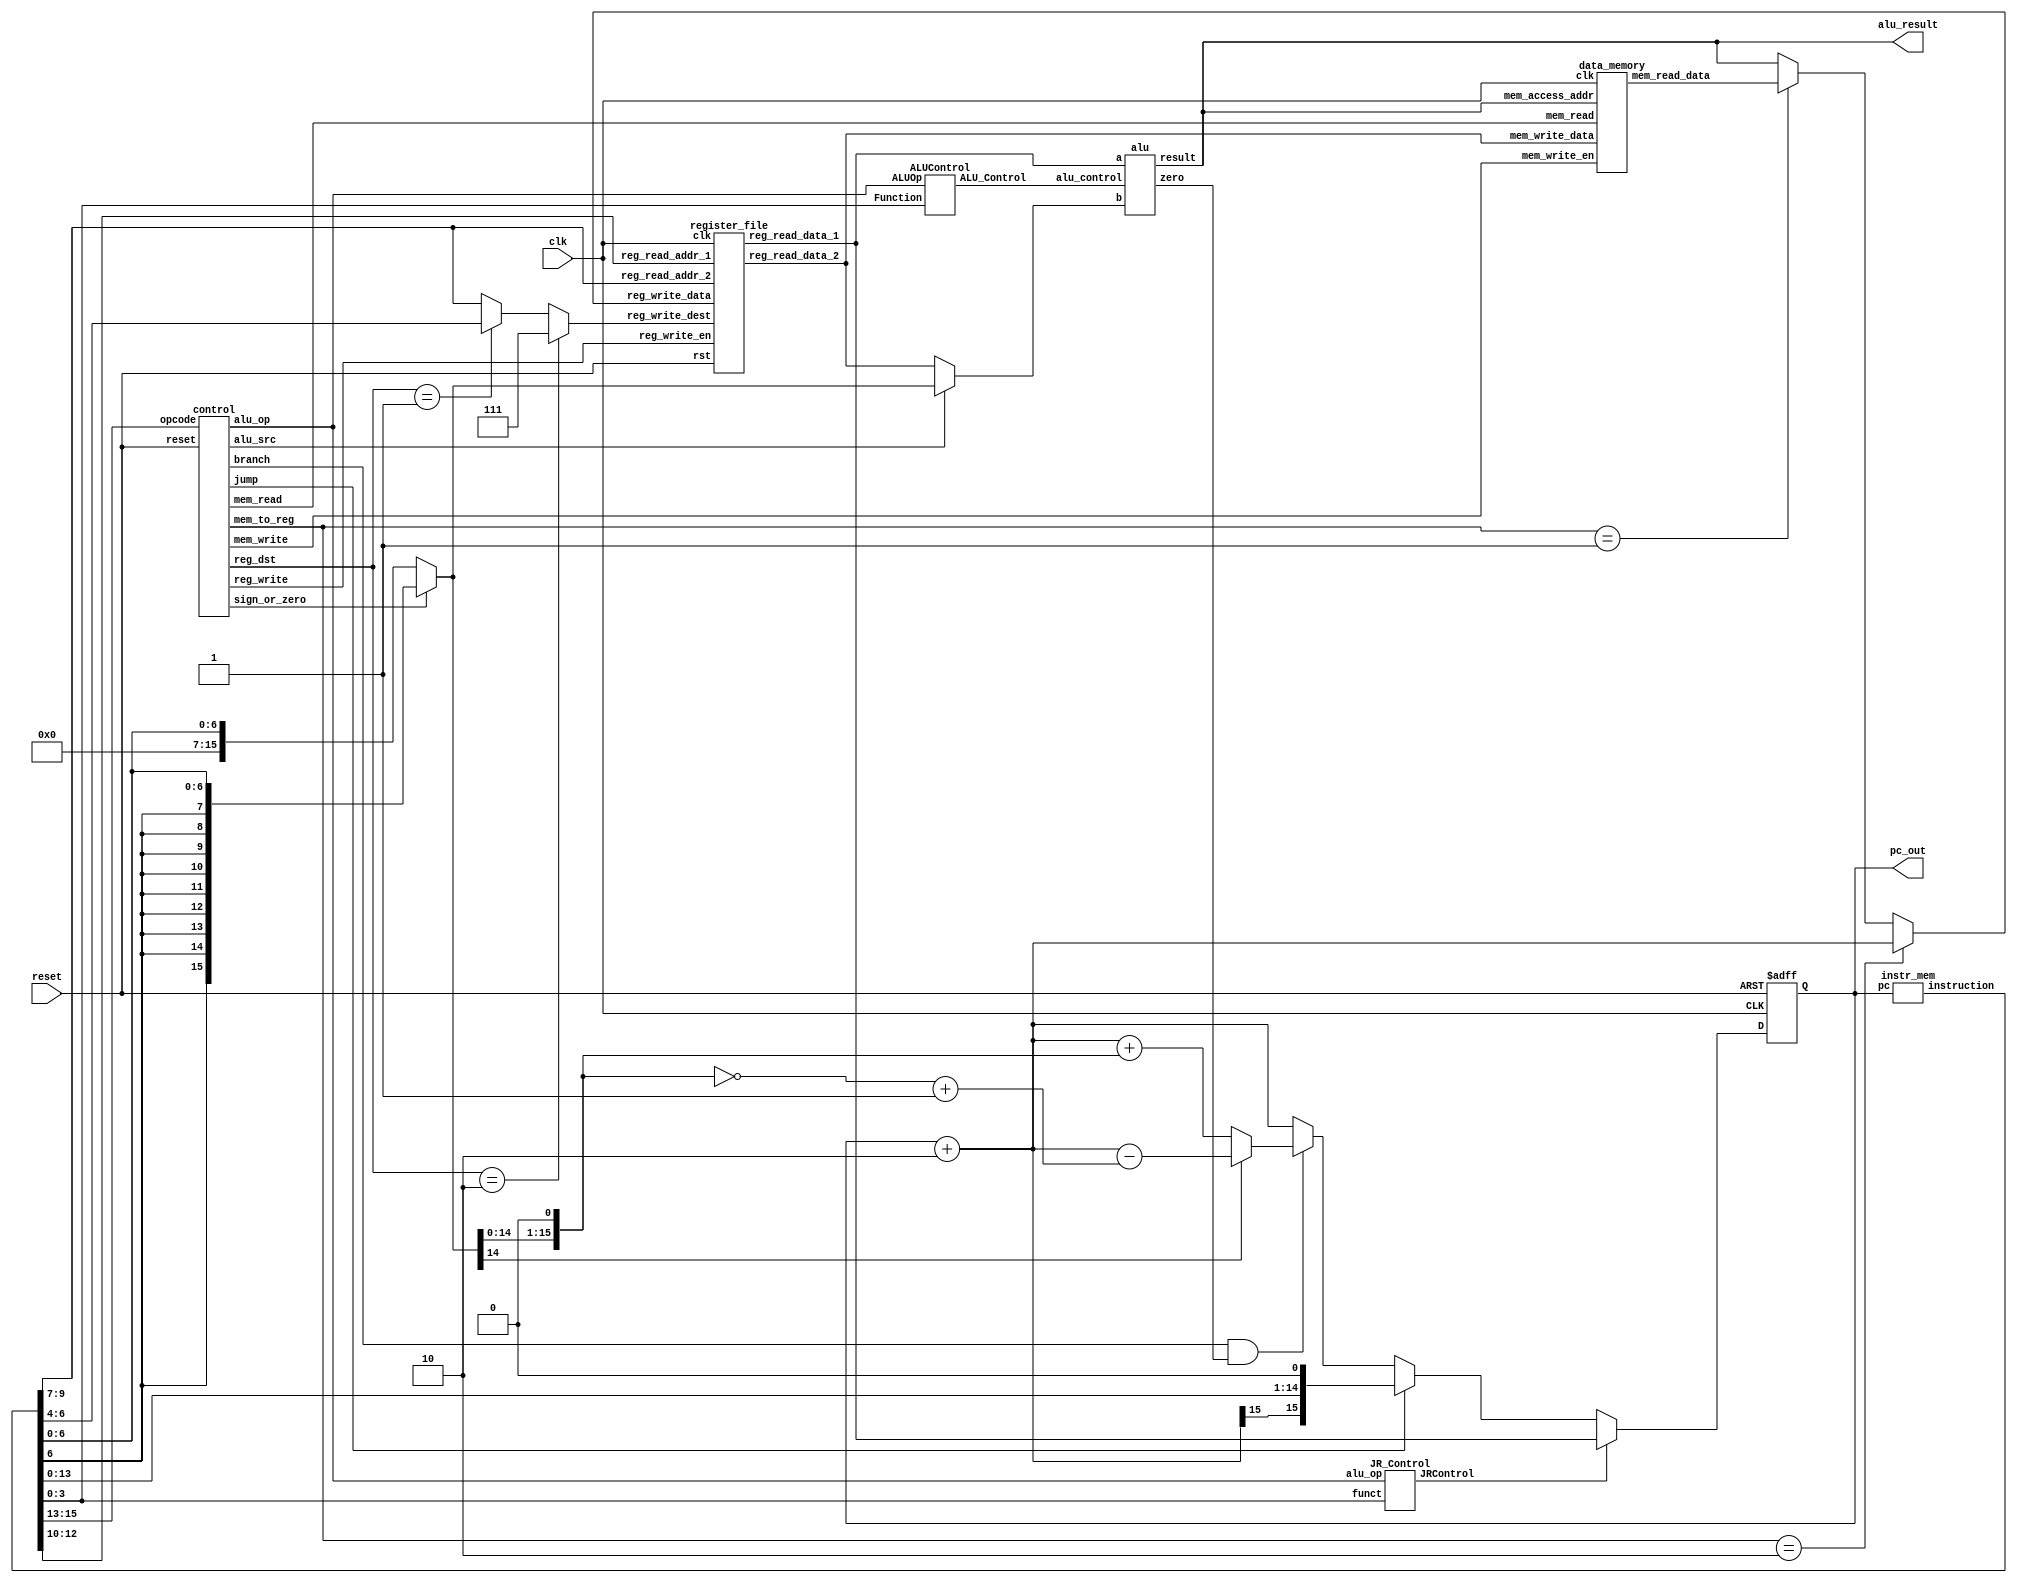
// Verilog code for 16 bit single cycle MIPS CPU  
 module mips_16( input clk,reset,  
                           output[15:0] pc_out, alu_result
                           //,reg3,reg4  
   );  
 reg[15:0] pc_current;  
 wire signed[15:0] pc_next,pc2;  
 wire [15:0] instr;  
 wire[1:0] reg_dst,mem_to_reg,alu_op;  
 wire jump,branch,mem_read,mem_write,alu_src,reg_write     ;  
 wire     [2:0]     reg_write_dest;  
 wire     [15:0] reg_write_data;  
 wire     [2:0]     reg_read_addr_1;  
 wire     [15:0] reg_read_data_1;  
 wire     [2:0]     reg_read_addr_2;  
 wire     [15:0] reg_read_data_2;  
 wire [15:0] sign_ext_im,read_data2,zero_ext_im,imm_ext;  
 wire JRControl;  
 wire [2:0] ALU_Control;  
 wire [15:0] ALU_out;  
 wire zero_flag;  
 wire signed[15:0] im_shift_1, PC_j, PC_beq, PC_4beq,PC_4beqj,PC_jr;  
 wire beq_control;  
 wire [14:0] jump_shift_1;  
 wire [15:0]mem_read_data;  
 wire [15:0] no_sign_ext;  
 wire sign_or_zero;  
 // PC   
 always @(posedge clk or posedge reset)  
 begin   
      if(reset)   
           pc_current <= 16'd0;  
      else  
           pc_current <= pc_next;  
 end  
 // PC + 2   
 assign pc2 = pc_current + 16'd2;  
 // instruction memory  
 instr_mem instrucion_memory(.pc(pc_current),.instruction(instr));  
 // jump shift left 1  
 assign jump_shift_1 = {instr[13:0],1'b0};  
 // control unit  
 control control_unit(.reset(reset),.opcode(instr[15:13]),.reg_dst(reg_dst)  
                ,.mem_to_reg(mem_to_reg),.alu_op(alu_op),.jump(jump),.branch(branch),.mem_read(mem_read),  
                .mem_write(mem_write),.alu_src(alu_src),.reg_write(reg_write),.sign_or_zero(sign_or_zero));  
 // multiplexer regdest  
 assign reg_write_dest = (reg_dst==2'b10) ? 3'b111: ((reg_dst==2'b01) ? instr[6:4] :instr[9:7]);  
 // register file  
 assign reg_read_addr_1 = instr[12:10];  
 assign reg_read_addr_2 = instr[9:7];  
 register_file reg_file(.clk(clk),.rst(reset),.reg_write_en(reg_write),  
 .reg_write_dest(reg_write_dest),  
 .reg_write_data(reg_write_data),  
 .reg_read_addr_1(reg_read_addr_1),  
 .reg_read_data_1(reg_read_data_1),  
 .reg_read_addr_2(reg_read_addr_2),  
 .reg_read_data_2(reg_read_data_2)); 
 //.reg3(reg3),  
 //.reg4(reg4));  
 // sign extend  
 assign sign_ext_im = {{9{instr[6]}},instr[6:0]};  
 assign zero_ext_im = {{9{1'b0}},instr[6:0]};  
 assign imm_ext = (sign_or_zero==1'b1) ? sign_ext_im : zero_ext_im;  
 // JR control  
 JR_Control JRControl_unit(.alu_op(alu_op),.funct(instr[3:0]),.JRControl(JRControl));       
 // ALU control unit  
 ALUControl ALU_Control_unit(.ALUOp(alu_op),.Function(instr[3:0]),.ALU_Control(ALU_Control));  
 // multiplexer alu_src  
 assign read_data2 = (alu_src==1'b1) ? imm_ext : reg_read_data_2;  
 // ALU   
 alu alu_unit(.a(reg_read_data_1),.b(read_data2),.alu_control(ALU_Control),.result(ALU_out),.zero(zero_flag));  
 // immediate shift 1  
 assign im_shift_1 = {imm_ext[14:0],1'b0};  
 //  
 assign no_sign_ext = ~(im_shift_1) + 1'b1;  
 // PC beq add  
 assign PC_beq = (im_shift_1[15] == 1'b1) ? (pc2 - no_sign_ext): (pc2 +im_shift_1);  
 // beq control  
 assign beq_control = branch & zero_flag;  
 // PC_beq  
 assign PC_4beq = (beq_control==1'b1) ? PC_beq : pc2;  
 // PC_j  
 assign PC_j = {pc2[15],jump_shift_1};  
 // PC_4beqj  
 assign PC_4beqj = (jump == 1'b1) ? PC_j : PC_4beq;  
 // PC_jr  
 assign PC_jr = reg_read_data_1;  
 // PC_next  
 assign pc_next = (JRControl==1'b1) ? PC_jr : PC_4beqj;  
 // data memory  
 data_memory datamem(.clk(clk),.mem_access_addr(ALU_out),  
 .mem_write_data(reg_read_data_2),.mem_write_en(mem_write),.mem_read(mem_read),  
 .mem_read_data(mem_read_data));  
 // write back  
 assign reg_write_data = (mem_to_reg == 2'b10) ? pc2:((mem_to_reg == 2'b01)? mem_read_data: ALU_out);  
 // output  
 assign pc_out = pc_current;  
 assign alu_result = ALU_out;  
 endmodule
// Submodule: Data memory in Verilog 
 module data_memory  
 (  
      input                         clk,  
      // address input, shared by read and write port  
      input     [15:0]               mem_access_addr,  
      // write port  
      input     [15:0]               mem_write_data,  
      input                         mem_write_en,  
      input mem_read,  
      // read port  
      output     [15:0]               mem_read_data  
 );  
      integer i;  
      reg [15:0] ram [255:0];  
      wire [7 : 0] ram_addr = mem_access_addr[8 : 1];  
      initial begin  
           for(i=0;i<256;i=i+1)  
                ram[i] <= 16'd0;  
      end  
      always @(posedge clk) begin  
           if (mem_write_en)  
                ram[ram_addr] <= mem_write_data;  
      end  
      assign mem_read_data = (mem_read==1'b1) ? ram[ram_addr]: 16'd0;   
 endmodule
// Submodule: ALU Control Unit in Verilog 
 module ALUControl( ALU_Control, ALUOp, Function);  
 output reg[2:0] ALU_Control;  
 input [1:0] ALUOp;  
 input [3:0] Function;  
 wire [5:0] ALUControlIn;  
 assign ALUControlIn = {ALUOp,Function};  
 always @(ALUControlIn)  
 casex (ALUControlIn)  
  6'b11xxxx: ALU_Control=3'b000;  
  6'b10xxxx: ALU_Control=3'b100;  
  6'b01xxxx: ALU_Control=3'b001;  
  6'b000000: ALU_Control=3'b000;  
  6'b000001: ALU_Control=3'b001;  
  6'b000010: ALU_Control=3'b010;  
  6'b000011: ALU_Control=3'b011;  
  6'b000100: ALU_Control=3'b100;  
  default: ALU_Control=3'b000;  
  endcase  
 endmodule  
// Verilog code for JR control unit
module JR_Control( input[1:0] alu_op, 
       input [3:0] funct,
       output JRControl
    );
assign JRControl = ({alu_op,funct}==6'b001000) ? 1'b1 : 1'b0;
endmodule
// Submodule: Control Unit in Verilog 
 module control( input[2:0] opcode,  
                           input reset,  
                           output reg[1:0] reg_dst,mem_to_reg,alu_op,  
                           output reg jump,branch,mem_read,mem_write,alu_src,reg_write,sign_or_zero                      
   );  
 always @(*)  
 begin  
      if(reset == 1'b1) begin  
                reg_dst = 2'b00;  
                mem_to_reg = 2'b00;  
                alu_op = 2'b00;  
                jump = 1'b0;  
                branch = 1'b0;  
                mem_read = 1'b0;  
                mem_write = 1'b0;  
                alu_src = 1'b0;  
                reg_write = 1'b0;  
                sign_or_zero = 1'b1;  
      end  
      else begin  
      case(opcode)   
      3'b000: begin // add  
                reg_dst = 2'b01;  
                mem_to_reg = 2'b00;  
                alu_op = 2'b00;  
                jump = 1'b0;  
                branch = 1'b0;  
                mem_read = 1'b0;  
                mem_write = 1'b0;  
                alu_src = 1'b0;  
                reg_write = 1'b1;  
                sign_or_zero = 1'b1;  
                end  
      3'b001: begin // sli  
                reg_dst = 2'b00;  
                mem_to_reg = 2'b00;  
                alu_op = 2'b10;  
                jump = 1'b0;  
                branch = 1'b0;  
                mem_read = 1'b0;  
                mem_write = 1'b0;  
                alu_src = 1'b1;  
                reg_write = 1'b1;  
                sign_or_zero = 1'b0;  
                end  
      3'b010: begin // j  
                reg_dst = 2'b00;  
                mem_to_reg = 2'b00;  
                alu_op = 2'b00;  
                jump = 1'b1;  
                branch = 1'b0;  
                mem_read = 1'b0;  
                mem_write = 1'b0;  
                alu_src = 1'b0;  
                reg_write = 1'b0;  
                sign_or_zero = 1'b1;  
                end  
      3'b011: begin // jal  
                reg_dst = 2'b10;  
                mem_to_reg = 2'b10;  
                alu_op = 2'b00;  
                jump = 1'b1;  
                branch = 1'b0;  
                mem_read = 1'b0;  
                mem_write = 1'b0;  
                alu_src = 1'b0;  
                reg_write = 1'b1;  
                sign_or_zero = 1'b1;  
                end  
      3'b100: begin // lw  
                reg_dst = 2'b00;  
                mem_to_reg = 2'b01;  
                alu_op = 2'b11;  
                jump = 1'b0;  
                branch = 1'b0;  
                mem_read = 1'b1;  
                mem_write = 1'b0;  
                alu_src = 1'b1;  
                reg_write = 1'b1;  
                sign_or_zero = 1'b1;  
                end  
      3'b101: begin // sw  
                reg_dst = 2'b00;  
                mem_to_reg = 2'b00;  
                alu_op = 2'b11;  
                jump = 1'b0;  
                branch = 1'b0;  
                mem_read = 1'b0;  
                mem_write = 1'b1;  
                alu_src = 1'b1;  
                reg_write = 1'b0;  
                sign_or_zero = 1'b1;  
                end  
      3'b110: begin // beq  
                reg_dst = 2'b00;  
                mem_to_reg = 2'b00;  
                alu_op = 2'b01;  
                jump = 1'b0;  
                branch = 1'b1;  
                mem_read = 1'b0;  
                mem_write = 1'b0;  
                alu_src = 1'b0;  
                reg_write = 1'b0;  
                sign_or_zero = 1'b1;  
                end  
      3'b111: begin // addi  
                reg_dst = 2'b00;  
                mem_to_reg = 2'b00;  
                alu_op = 2'b11;  
                jump = 1'b0;  
                branch = 1'b0;  
                mem_read = 1'b0;  
                mem_write = 1'b0;  
                alu_src = 1'b1;  
                reg_write = 1'b1;  
                sign_or_zero = 1'b1;  
                end  
      default: begin  
                reg_dst = 2'b01;  
                mem_to_reg = 2'b00;  
                alu_op = 2'b00;  
                jump = 1'b0;  
                branch = 1'b0;  
                mem_read = 1'b0;  
                mem_write = 1'b0;  
                alu_src = 1'b0;  
                reg_write = 1'b1;  
                sign_or_zero = 1'b1;  
                end  
      endcase  
      end  
 end  
 endmodule
 
module alu(       
      input          [15:0]     a,          //src1  
      input          [15:0]     b,          //src2  
      input          [2:0]     alu_control,     //function sel  
      output     reg     [15:0]     result,          //result       
      output zero  
   );  
 always @(*) 
 begin   
      case(alu_control)  
      3'b000: result = a + b; // add  
      3'b001: result = a - b; // sub  
      3'b010: result = a & b; // and  
      3'b011: result = a | b; // or  
      3'b100: begin if (a<b) result = 16'd1;  
                     else result = 16'd0;  
                     end  
      default:result = a + b; // add  
      endcase  
 end  
 assign zero = (result==16'd0) ? 1'b1: 1'b0;  
 endmodule 
 module register_file  
 (  
      input                    clk,  
      input                    rst,  
      // write port  
      input                    reg_write_en,  
      input          [2:0]     reg_write_dest,  
      input          [15:0]     reg_write_data,  
      //read port 1  
      input          [2:0]     reg_read_addr_1,  
      output          [15:0]     reg_read_data_1,  
      //read port 2  
      input          [2:0]     reg_read_addr_2,  
      output          [15:0]     reg_read_data_2  
 );  
      reg     [15:0]     reg_array [7:0];  
      // write port  
      //reg [2:0] i;  
      always @ (posedge clk or posedge rst) begin  
           if(rst) begin  
                reg_array[0] <= 16'b0;  
                reg_array[1] <= 16'b0;  
                reg_array[2] <= 16'b0;  
                reg_array[3] <= 16'b0;  
                reg_array[4] <= 16'b0;  
                reg_array[5] <= 16'b0;  
                reg_array[6] <= 16'b0;  
                reg_array[7] <= 16'b0;       
           end  
           else begin  
                if(reg_write_en) begin  
                     reg_array[reg_write_dest] <= reg_write_data;  
                end  
           end  
      end  
      assign reg_read_data_1 = ( reg_read_addr_1 == 0)? 16'b0 : reg_array[reg_read_addr_1];  
      assign reg_read_data_2 = ( reg_read_addr_2 == 0)? 16'b0 : reg_array[reg_read_addr_2];  
 endmodule
 
 module instr_mem           
 (  
      input     [15:0]     pc,  
      output wire     [15:0]          instruction  
 );  
      wire [3 : 0] rom_addr = pc[4 : 1];  
      reg [15:0] rom[15:0];  
      initial  
      begin  
                rom[0] = 16'b1000000110000000;  
                rom[1] = 16'b0010110010110010;  
                rom[2] = 16'b1101110001100111;  
                rom[3] = 16'b1101110111011001;  
                rom[4] = 16'b1111110110110001;  
                rom[5] = 16'b1100000001111011; 
                rom[6] = 16'b0000000000000000;  
                rom[7] = 16'b0000000000000000;  
                rom[8] = 16'b0000000000000000;  
                rom[9] = 16'b0000000000000000;  
                rom[10] = 16'b0000000000000000;  
                rom[11] = 16'b0000000000000000;  
                rom[12] = 16'b0000000000000000;  
                rom[13] = 16'b0000000000000000;  
                rom[14] = 16'b0000000000000000;  
                rom[15] = 16'b0000000000000000;  
      end  
      assign instruction = (pc[15:0] < 32 )? rom[rom_addr[3:0]]: 16'd0;  
 endmodule